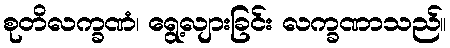
စုတိလက္ခဏံ၊ ရွေ့လျားခြင်း လက္ခဏာသည်။